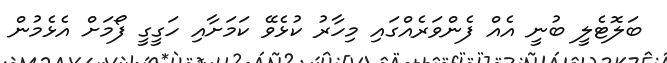
ބަލޮޓެލީ ބުނީ އެއް ފެންވަރެއްގައި މިހާރު ކުޅެވޭ ކަމަށާއި ހަގީގީ ފޯމަށް އެޅެމުން